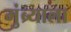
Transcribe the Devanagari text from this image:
मुंब्र्याला